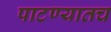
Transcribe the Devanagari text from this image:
पाटण्यातच